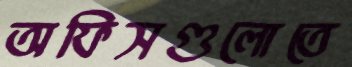
অফিসগুলোতে